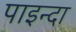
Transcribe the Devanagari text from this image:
पाइन्दा